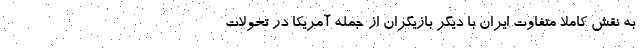
به نقش کاملا متفاوت ایران با دیگر بازیگران ‌از جمله آمریکا در تحولات